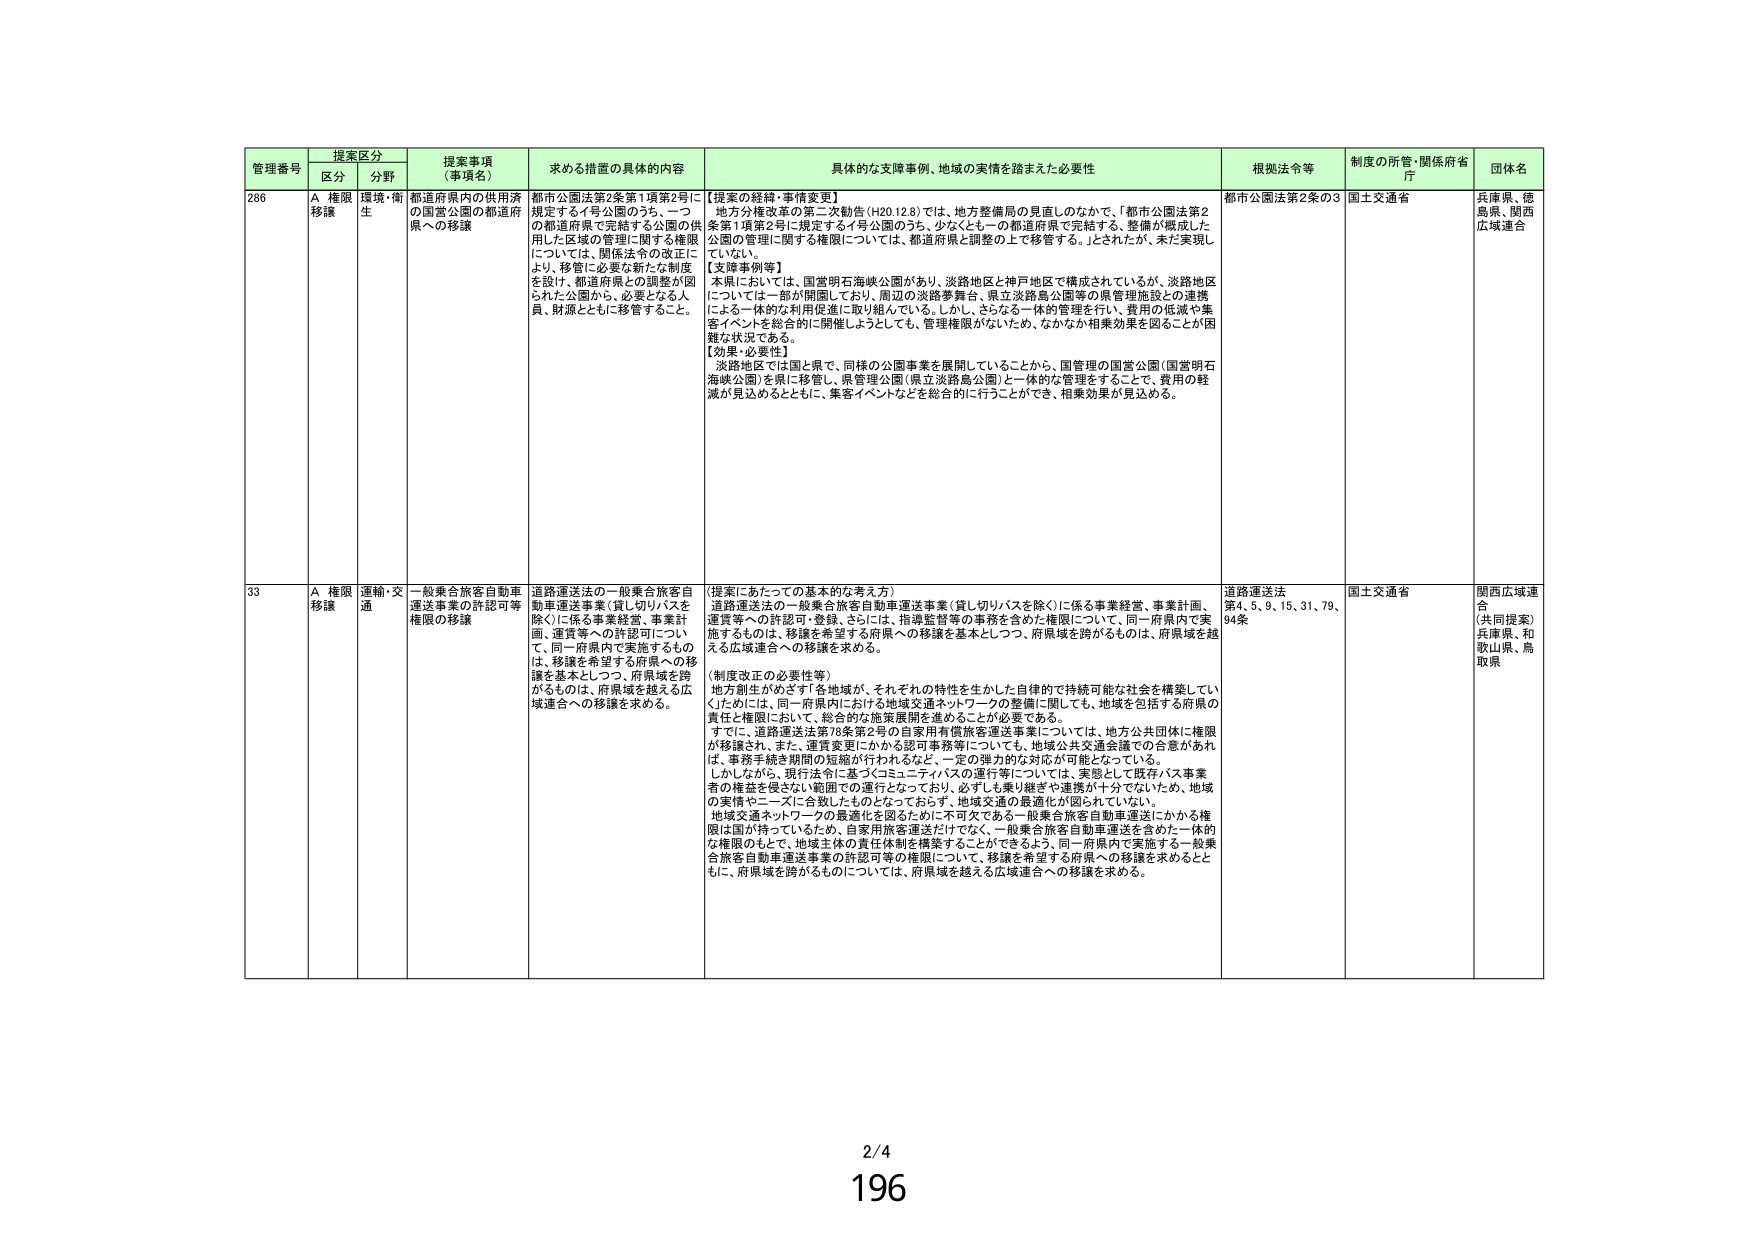
管理番号 提案区分 提案事項（事項名） 求める措置の具体的内容 具体的な支援事例、地域の実情を踏まえた必要性 根拠法令等 制度の所管・関係府省庁 団体名
区分 分野
286 A 権限移譲 環境・衛生 都道府県内の供用済の国営公園の都道府県への移譲 都市公園法第2条第1項第2号に規定するイ号公園のうち、一つの都道府県で完結する公園の供用した区域の管理に関する権限については、関係法令の改正により、移管に必要な新たな制度を設け、都道府県との調整が図られた公園から、必要となる人員、財源とともに移管すること。 【提案の経緯・事情変更】 地方分権改革の第二次勧告（H20.12.8）では、地方整備局の見直しのなかで、「都市公園法第2条第1項第2号に規定するイ号公園のうち、少なくとも一つの都道府県で完結する、整備が概成した公園の管理に関する権限については、都道府県と調整の上で移管する。」とされたが、未だ実現していない。 【支援事例等】 本県においては、国営明石海峡公園があり、淡路地区と神戸地区で構成されているが、淡路地区については一部が開園しており、周辺の淡路夢舞台、県立淡路島公園等の県管理施設との連携による一体的な利用促進に取り組んでいる。しかし、さらなる一体的管理を行い、費用の低減や集客イベントを総合的に開催しようとしても、管理権限がないため、なかなか相乗効果を図ることが困難な状況である。 【効果・必要性】 淡路地区では国と県で、同様の公園事業を展開していることから、国管理の国営公園（国営明石海峡公園）を県に移管し、県管理公園（県立淡路島公園）と一体的な管理をすることで、費用の軽減が見込めるとともに、集客イベントなどを総合的に行うことができ、相乗効果が見込める。 都市公園法第2条の3 国土交通省 兵庫県、徳島県、関西広域連合
33 A 権限移譲 運輸・交通 一般集合旅客自動車運送事業の許認可等権限の移譲 道路運送法の一般集合旅客自動車運送事業（貸し切りバスを除く）に係る事業経営、事業計画、運賃等への許認可について、同一府県内で実施するもののは、移譲を希望する府県への移譲を基本としつつ、府県域を跨がるもののは、府県域を越える広域連合への移譲を求める。 【提案にあたっての基本的な考え方】 道路運送法の一般集合旅客自動車運送事業（貸し切りバスを除く）に係る事業経営、事業計画、運賃等への許認可・登録、さらには、指導監督等の事務を含めた権限について、同一府県内で実施するものは、移譲を希望する府県への移譲を基本としつつ、府県域を跨がるものは、府県域を越える広域連合への移譲を求める。 （制度改正の必要性等） 地方創生がめざす「各地域が、それぞれの特性を生かした自律的で持続可能な社会を構築していく」ためには、同一府県内における地域交通ネットワークの整備に関しても、地域を包括する府県の責任と権限において、総合的な施策展開を進めることが必要である。 すでに、道路運送法第78条第2号の自家用個旅客運送事業については、地方公共団体に権限が移譲され、また、運賃変更にかかる認可事務等についても、地域公共交通会議での合意があれば、事務手続き期間の短縮が行われるなど、一定の弾力的な対応が可能となっている。 しかしながら、現行法令に基づくコミュニティバスの運行等については、実態として既存バス事業者の権益を侵さない範囲での運行となっており、必ずしも乗り継ぎや連携が十分でないため、地域の実情やニーズに合致したものとなっておらず、地域交通の最適化が図られていない。 地域交通ネットワークの最適化を図るために不可欠である一般集合旅客自動車運送にかかる権限は国が持っているため、自家用旅客運送だけでなく、一般集合旅客自動車運送を含めた一体的な権限のもとで、地域主体の責任体制を構築することにできるよう、同一府県内で実施する一般集合旅客自動車運送事業の許認可等の権限について、移譲を希望する府県への移譲を求めるとともに、府県域を跨がるものについては、府県域を越える広域連合への移譲を求める。 道路運送法第4、5、9、15、31、79、94条 国土交通省 関西広域連合 （共同提案） 兵庫県、和歌山県、鳥取県
2/4
196